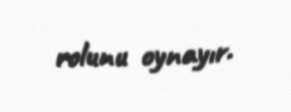
rolunu oynayır.